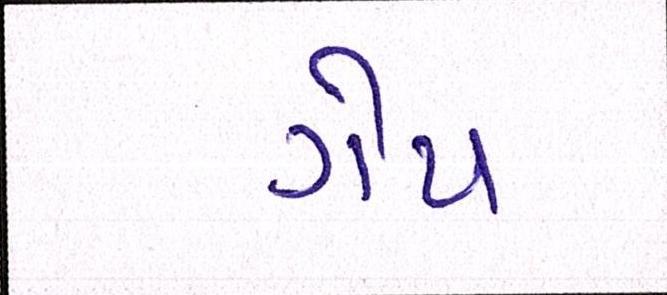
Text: ગેપ